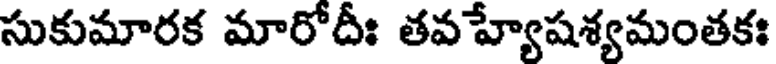
సుకుమారక మారోదీః తవహ్యేషశ్యమంతకః